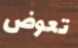
تعوض